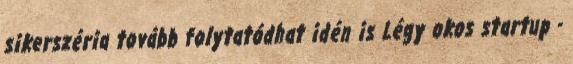
sikerszéria tovább folytatódhat idén is Légy okos startup -